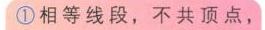
\textcircled{1}相等线段，不共顶点，